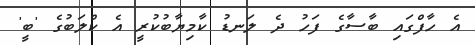
އެ ހާފްގައި ބާސާގެ ފަހު ދެ ލަނޑު ކާމިޔާބުކުރީ އެ ކްލަބުގެ 'ބީ'